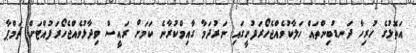
އަތޮޅުގެ ހުރިހާ ދަނޑުބިންތައް ހަލާކުވެއްޖެހޯރަފުށީގައި ނަރުދަމާ ގާއިމްކުރާނެ ކަމަށް ރައީސް ވިދާޅުވެއްޖެހޯރަފުއްޓަށް ޗަމްޕާ